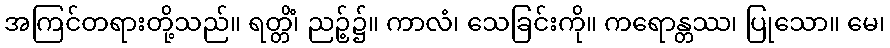
အကြင်တရားတို့သည်။ ရတ္တိံ၊ ညဉ့်၌။ ကာလံ၊ သေခြင်းကို။ ကရောန္တဿ၊ ပြုသော။ မေ၊